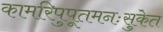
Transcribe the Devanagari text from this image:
कामरिपुपूतमनःसुकेत